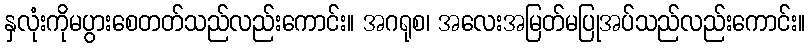
နှလုံးကိုမပွားစေတတ်သည်လည်းကောင်း။ အဂရုစ၊ အလေးအမြတ်မပြုအပ်သည်လည်းကောင်း။